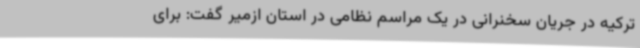
ترکیه در جریان سخنرانی در یک مراسم نظامی در استان ازمیر گفت: برای